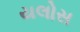
યલોસ